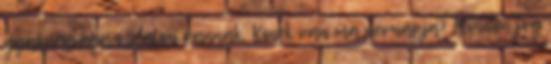
gyakorisága oldalon vannak. Kinek van ma névnapja? Minden jog